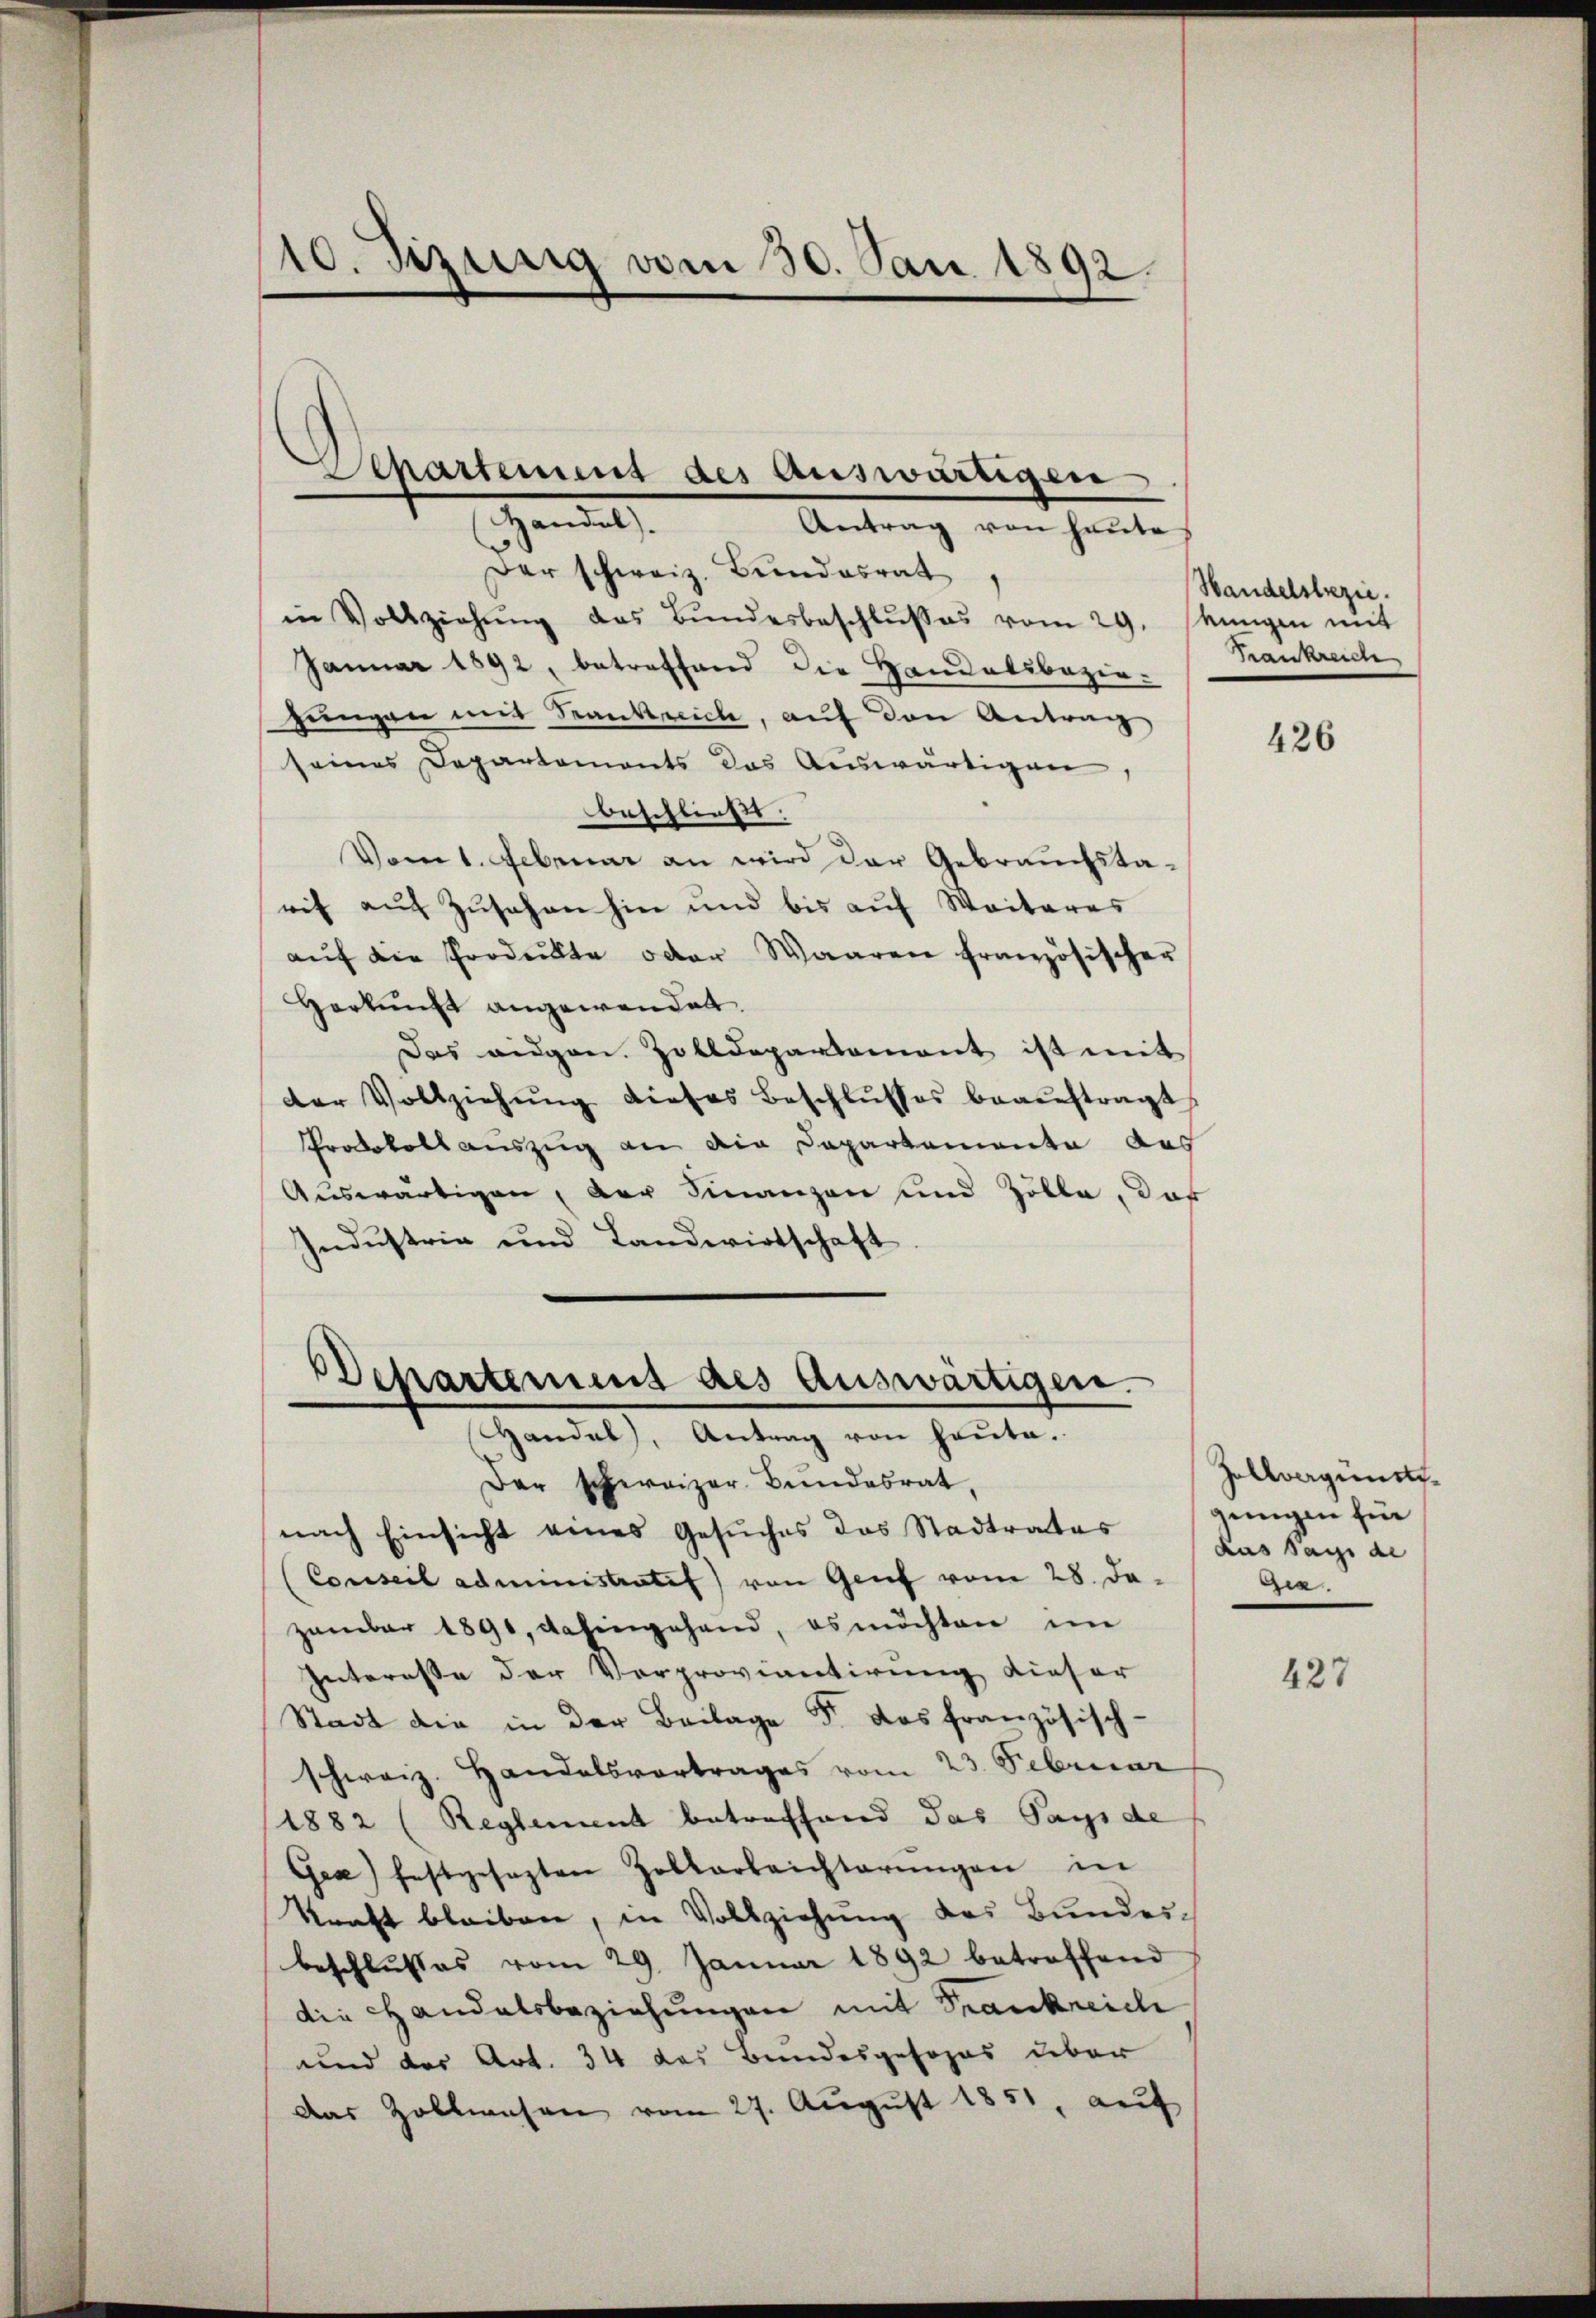
10. Jung vom 30. Jan. 1892.

Separtement des Auswärtigere
Jensel
Antrag von heute

Der schweiz. Bundesrat
in Vollziehŭng des Bŭndesbeschlŭβes vom 29. Jungen mit
Januar 1892, betreffend die Handelsbezie-
hungen mit Frankreiche, auf den Antrag
seines Departements das Auswärtigen,
beschließt:
Vom 1. Februar an wird der Gebrauchsta-
rit auf Zusehen hin und bis auf Weiteres
aŭf die Produkte oder Waaren französischer
Herkunft angewendet.
Das eidgen. Zolldepartement ist mit
der Vollziehŭng dieses Beschlŭsses beaŭftragt
Protokoll auszug an die Departemente des
Auswärtigen, der Finanzen und Zölle, daß
Industria und Landwirtschaft

Departement des Auswärtigen.
Handel, Antrag von heute.
Der schweizer Bundesrat,

nach Einsicht eines Gesŭches das Stadtrates
(Conseil administratif) von Genf vom 28. Da
zamber 1891, dahingehand, es möchten im
Interesse der Vorproviantirung dieser
Stadt die in der Beilage 5. das französisch-
schweiz. Handelsvortrages vom 23. Februar
1882 (Reglement betreffend das Pays de
Gea) festgesezten Zollarbeichterŭngen in
kraft bleiben, in Vollziehung des Bundesbeschlŭsses vom 29. Januar 1892 betreffend
die Handelsbeziehungen mit Frankreiche
und des Art. 34 das Bundesgesezes über
Das Zollwesen vom 27. August 1851, auf

Handelsbezie
Frankreich

426

Zollvergünsti
gungen für
das Sache al
Gia

427